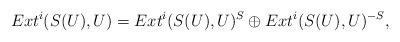
LaTeX: \begin{align*}Ext^i(S(U),U)= Ext^i(S(U),U)^{S} \oplus Ext^i(S(U),U)^{-S},\end{align*}